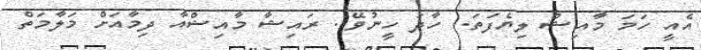
އެއީ ހަމަ މާއިޝް ލިޔެފަތަ.. ހާދަ ހީނުވޭ.. ރައިޝާ މާއިޝްއާ ދިމާއަށް މަލާމަތް